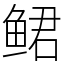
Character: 鲪